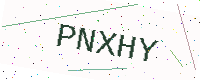
Text: PNXHY